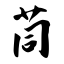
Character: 苘